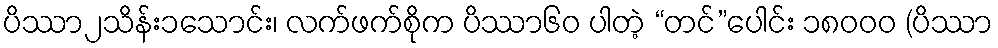
ပိဿာ၂သိန်း၁သောင်း၊ လက်ဖက်စိုက ပိဿာ၆၀ ပါတဲ့ “တင်”ပေါင်း ၁၈၀၀၀ (ပိဿာ